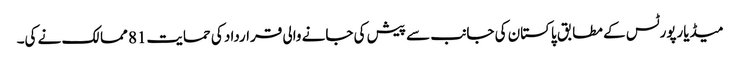
میڈیارپورٹس کے مطابق پاکستان کی جانب سے پیش کی جانے والی قرارداد کی حمایت81 ممالک نے کی۔